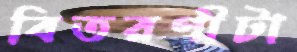
বিতরণীটা